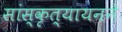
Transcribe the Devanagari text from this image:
सांस्कृत्यायनने